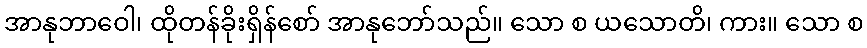
အာနုဘာဝေါ၊ ထိုတန်ခိုးရှိန်စော် အာနုဘော်သည်။ သော စ ယသောတိ၊ ကား။ သော စ